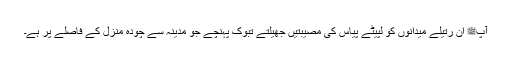
آپﷺ ان رتیلے میدانوں کو لپیٹے پیاس کی مصیبتیں جھیلتے تبوک پہنچے جو مدینہ سے چودہ منزل کے فاصلے پر ہے۔